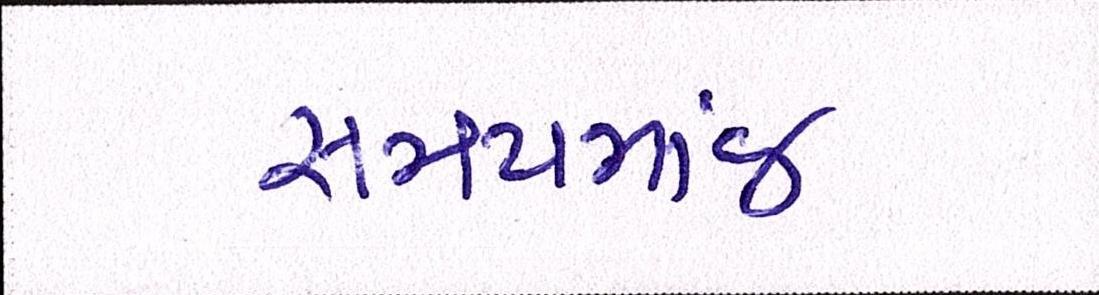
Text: સમયમાંજ